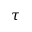
\tau